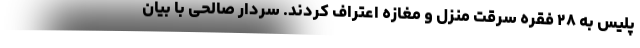
پلیس به ۲۸ فقره سرقت منزل و مغازه اعتراف کردند. سردار صالحی با بیان